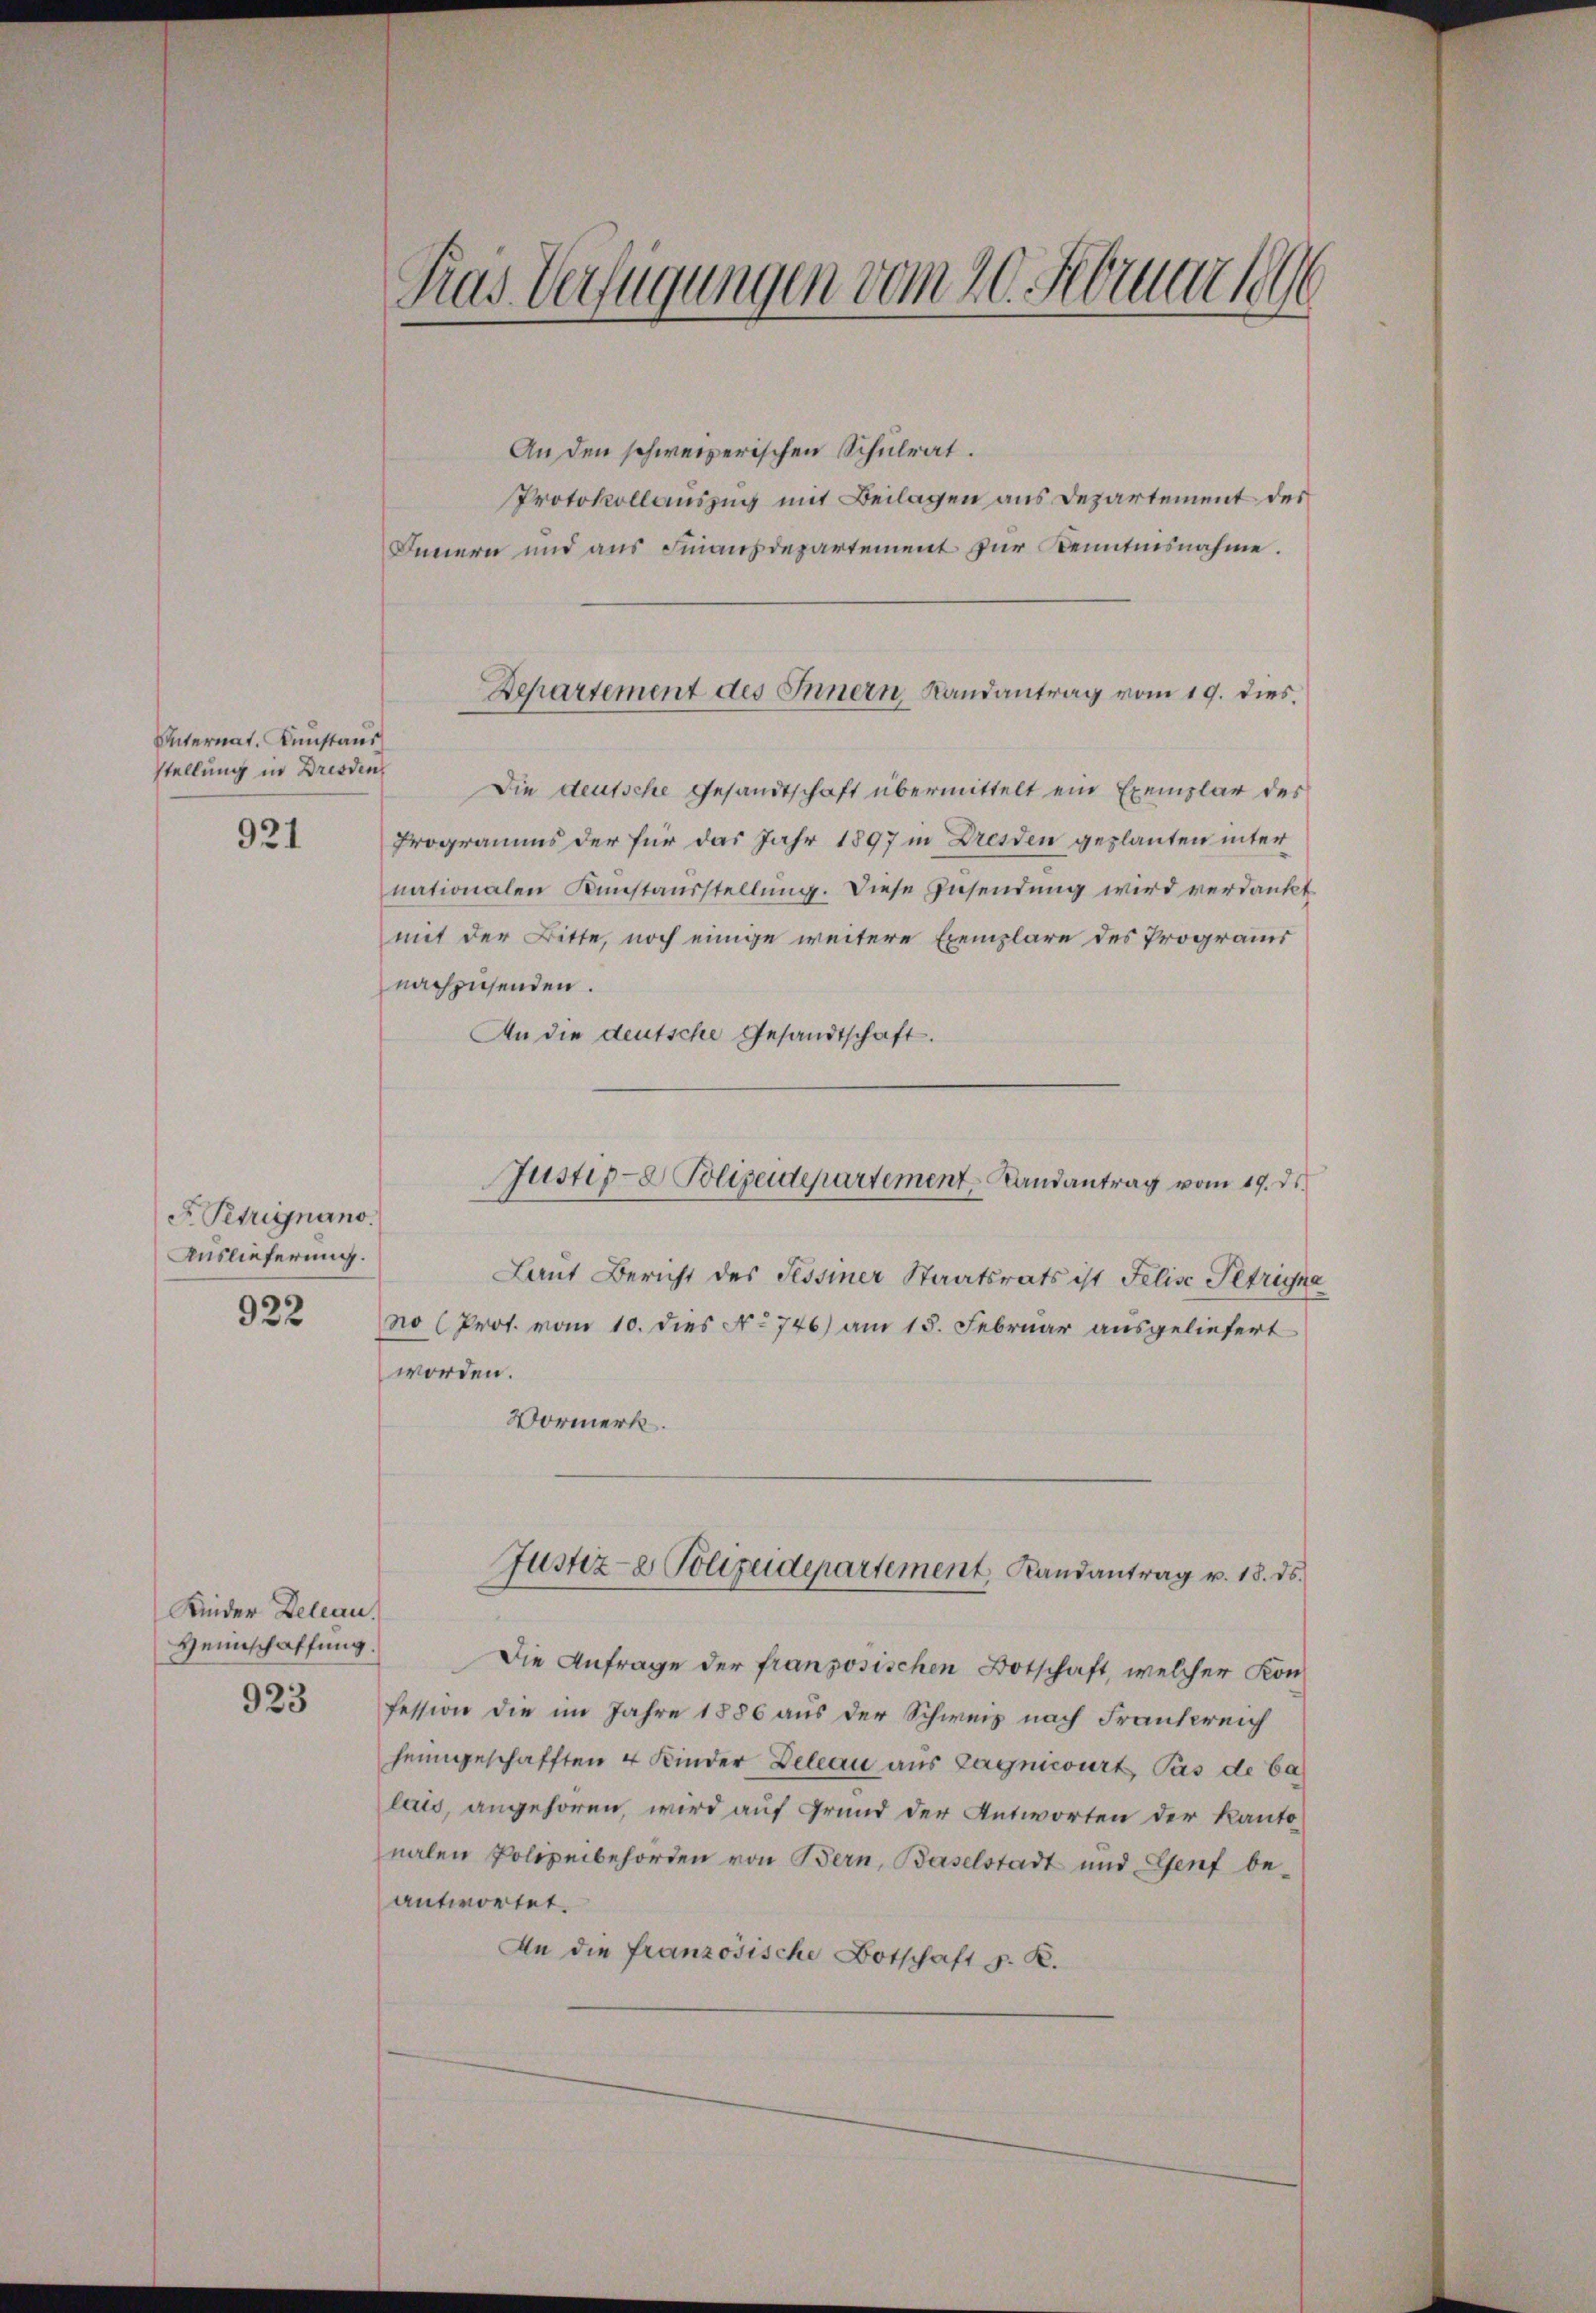
Unternat. Kunstaus
stellung in Dresden

921

Petrignano.
Auslieferung.
922

Kinder Deleau.
Heimschaffung.
923

Tras Verfügungen vom 20. Februar 1890

An den schweizerischen Schulrat.
Protokollauszug mit Beilagen aus Departement des
Innern und aus Finanzdepartement zur Kenntnisnahme.
Die deutsche Gesandtschaft übermittelt ein Exemplar des
Programms der für das Jahr 1897 in Dresden geplanten unter
nationalen Kunstausstellung. Diese Zusendung wird verdankt
mit der Bitte, noch einige weitere Exemplare des Programs
nachzusenden.
An die deutsche Gesandtschaft.
Laut Bericht des Tessiner Staatsrats ist Felise Petriyna
no (Prot. vom 10. dies No 746) am 15. Februar ausgeliefert
worden.
Vormerk.
Justiz- & Polizeidepartement Randantrag v. 18. ds.
Die Anfrage der französischen Botschaft, welcher Kon
fession die im Jahre 1886 aus der Schweiz nach Frankreich
heimgeschafften 4 Kinder Deleau aus Zagnicourt, Pas de ba
lais, angehören, wird auf Grund der Antworten der Kanto
nalen Polizeibehörden von Bern, Baselstadt und Genf be-
antwortet.
An die französische Botschaft d. R.

Departement des Innern, Landantrag vom 19. dies.

Justiz- & Polizeidepartement Randantrag vom 19. ds.